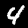
Label: 4